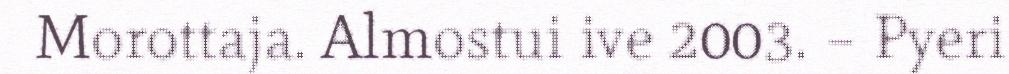
Morottaja. Almostui ive 2003. – Pyeri